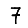
Digit: 7